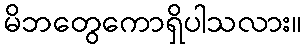
မိဘတွေကောရှိပါသလား။